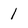
Character: 1